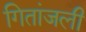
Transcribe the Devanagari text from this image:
गितांजली